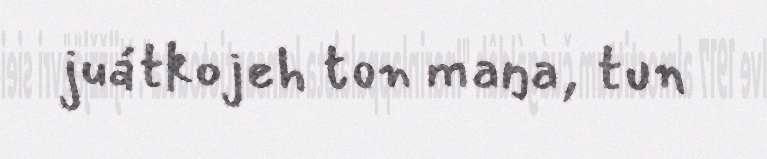
juátkojeh ton maŋa, tun